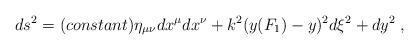
LaTeX: \begin{align*}d s^2 = (constant) \eta_{\mu \nu} d x^\mu d x^\nu + k^2 (y(F_1) - y)^2 d \xi^2 + d y^2 \; ,\end{align*}